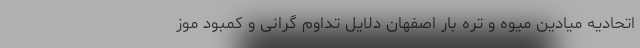
اتحادیه میادین میوه و تره بار اصفهان دلایل تداوم گرانی و کمبود موز